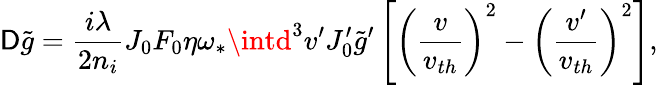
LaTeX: {\cal\mathsf{D}}\tilde{{g}}=\frac{{i\lambda}}{{2n_{i}}}J_{0}F_{0}\eta\omega_{\ast}\intd^{3}v^{\prime}J_{0}^{\prime}\tilde{{g}}^{\prime}\left[\left(\frac{{v}}{{v_{th}}}\right)^{2}-\left(\frac{{v^{\prime}}}{{v_{th}}}\right)^{2}\right],